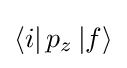
\left\langle i\right|p_{z}\left|f\right\rangle